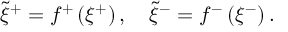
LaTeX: \tilde { \xi } ^ { + } = f ^ { + } \left( \xi ^ { + } \right) , \quad \tilde { \xi } ^ { - } = f ^ { - } \left( \xi ^ { - } \right) .